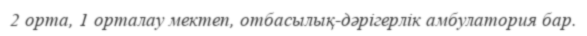
2 орта, 1 орталау мектеп, отбасылық-дәрігерлік амбулатория бар.